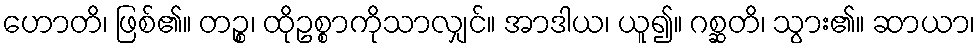
ဟောတိ၊ ဖြစ်၏။ တဉ္စ၊ ထိုဥစ္စာကိုသာလျှင်။ အာဒါယ၊ ယူ၍။ ဂစ္ဆတိ၊ သွား၏။ ဆာယာ၊